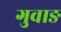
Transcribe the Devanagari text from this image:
गुवाङ